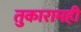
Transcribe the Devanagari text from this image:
तुकारामही